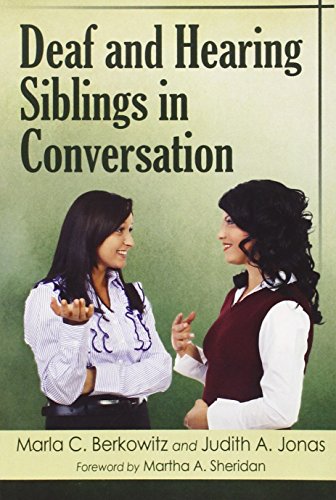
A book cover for Deaf and Hearing Siblings in Conversation; Marla C. Berkowitz; Parenting & Relationships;